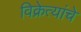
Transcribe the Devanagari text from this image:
विक्रेत्यांचे